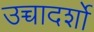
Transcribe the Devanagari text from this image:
उच्चादर्शो